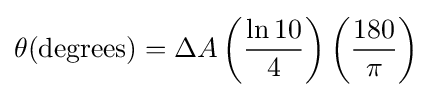
\theta ({\text{degrees}})=\Delta A\left({\frac {\ln 10}{4}}\right)\left({\frac {180}{\pi }}\right)